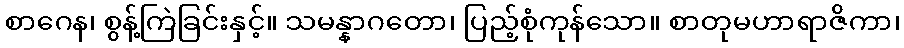
စာဂေန၊ စွန့်ကြဲခြင်းနှင့်။ သမန္နာဂတော၊ ပြည့်စုံကုန်သော။ စာတုမဟာရာဇိကာ၊